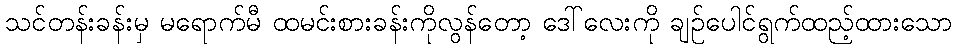
သင်တန်းခန်းမှ မရောက်မီ ထမင်းစားခန်းကိုလွန်တော့ ဒေါ်လေးကို ချဉ်ပေါင်ရွက်ထည့်ထားသော